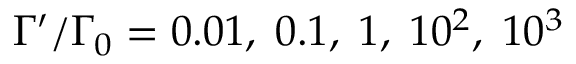
\Gamma ^ { \prime } / \Gamma _ { 0 } = 0 . 0 1 , \; 0 . 1 , \; 1 , \; 1 0 ^ { 2 } , \; 1 0 ^ { 3 }